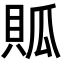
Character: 𧵟